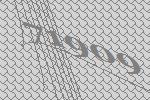
71909